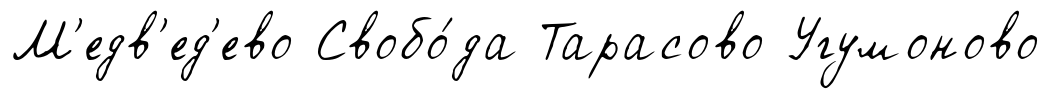
М'едв'ед'ево Свобо́да Тарасово Угумоново